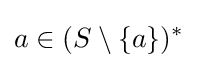
a\in (S\setminus \{a\})^{*}